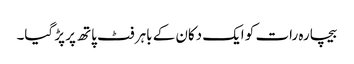
بیچارہ رات کو ایک دکان کے باہر فٹ پاتھ پر پڑ گیا۔